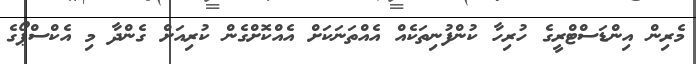
މެރިން އިންޑަސްޓްރީގެ ހުރިހާ ކުންފުނިތަކެއް އެއްތަނަކަށް އެއްކޮށްގެން ކުރިއަށް ގެންދާ މި އެކްސްޕޯގެ